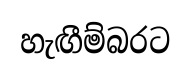
හැඟීම්බරට